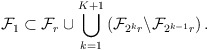
\begin{align*}\mathcal F_1 \subset \mathcal F_r \cup \bigcup_{k=1}^{K+1} \left( \mathcal F_{2^k r} \backslash \mathcal F_{2^{k-1} r} \right).\end{align*}